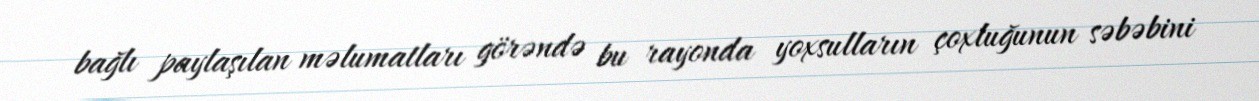
bağlı paylaşılan məlumatları görəndə bu rayonda yoxsulların çoxluğunun səbəbini